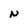
Character: N